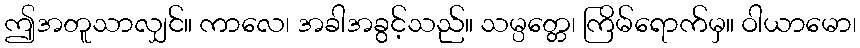
ဤအတူသာလျှင်။ ကာလေ၊ အခါအခွင့်သည်။ သမ္ပတ္တေ၊ ကြိမ်ရောက်မှ။ ဝါယာမော၊